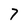
Character: 7